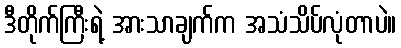
ဒီတိုက်ကြီးရဲ့ အားသာချက်က အသံသိပ်လုံတာပဲ။